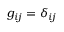
g _ { i j } = \delta _ { i j }